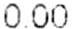
0.00